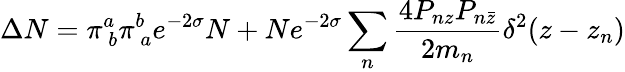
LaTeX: \Delta N=\pi_{\ b}^{a}\pi_{\ a}^{b}e^{-2\sigma}N+Ne^{-2\sigma}\sum_{n}\frac{4P_{nz}P_{n\bar{z}}}{2m_{n}}\delta^{2}(z-z_{n})